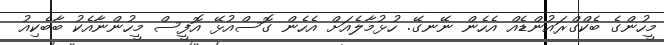
މީހުންގެ ބެކްގްރައުންޑެއް އެހެން ނޭނގޭ. ހުޅުމާލެއަށް އެހެން ގޮސްއުޅޭ އޮފީސް މީހުންނާއެކު ބާބެކިއު